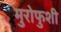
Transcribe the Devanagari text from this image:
मुरोफुशी